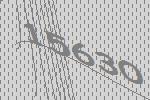
15630